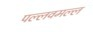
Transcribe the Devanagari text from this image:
पल्लवमल्ल